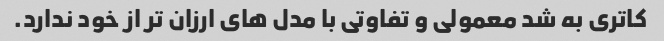
کاتری به شد معمولی و تفاوتی با مدل های ارزان تر از خود ندارد.